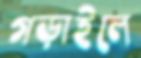
গড়াইলে